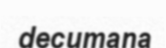
decumana